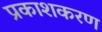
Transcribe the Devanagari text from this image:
प्रकाशकरण